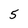
Character: 5